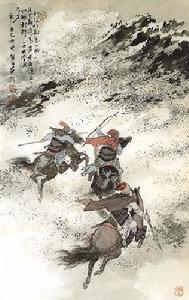
月黑雁飞高，单于夜遁逃。